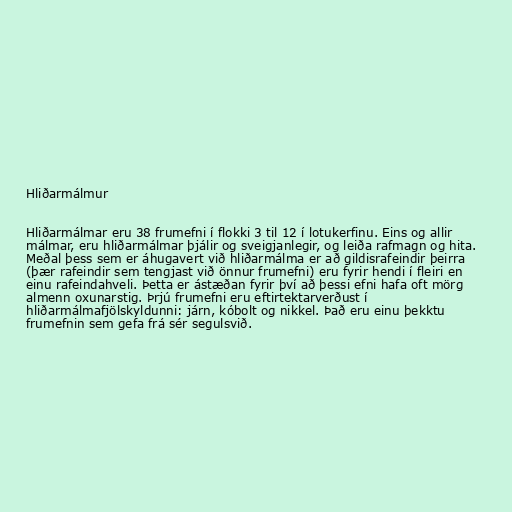
Hliðarmálmur

Hliðarmálmar eru 38 frumefni í flokki 3 til 12 í lotukerfinu. Eins og allir
málmar, eru hliðarmálmar þjálir og sveigjanlegir, og leiða rafmagn og hita.
Meðal þess sem er áhugavert við hliðarmálma er að gildisrafeindir þeirra
(þær rafeindir sem tengjast við önnur frumefni) eru fyrir hendi í fleiri en
einu rafeindahveli. Þetta er ástæðan fyrir því að þessi efni hafa oft mörg
almenn oxunarstig. Þrjú frumefni eru eftirtektarverðust í
hliðarmálmafjölskyldunni: járn, kóbolt og nikkel. Það eru einu þekktu
frumefnin sem gefa frá sér segulsvið.